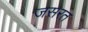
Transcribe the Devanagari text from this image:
जसरत